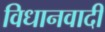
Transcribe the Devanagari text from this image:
विधानवादी